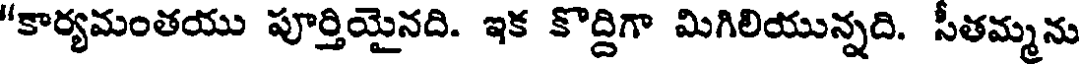
"కార్యమంతయు పూర్తియైనది. ఇక కొద్దిగా మిగిలియున్నది. సీతమ్మను